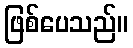
ဖြစ်ပေသည်။